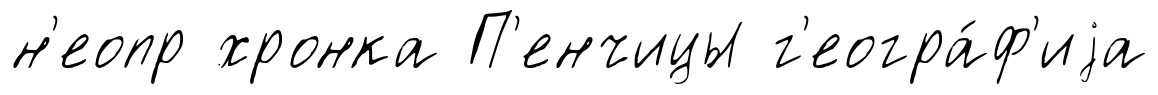
н'еопр хронка П'енчицы г'еогра́ф'иjа